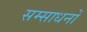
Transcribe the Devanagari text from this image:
सम्साधनों